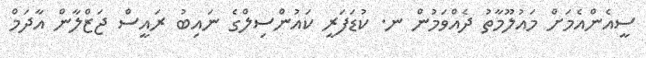
ސީއެންއެމަށް މައުލޫމާތު ދެއްވަމުން ނ. ކުޑަފަރީ ކައުންސިލްގެ ނައިބު ރައީސް ޖަޒްލާން އާދަމް